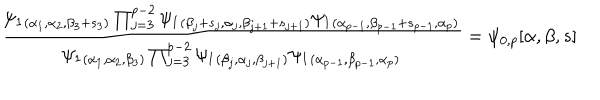
\frac { \psi _ { 1 } { } _ { ( \alpha _ { 1 } , \alpha _ { 2 } , \beta _ { 3 } + s _ { 3 } ) } \prod _ { j = 3 } ^ { p - 2 } \psi _ { 1 } { } _ { ( \beta _ { j } + s _ { j } , \alpha _ { j } , \beta _ { j + 1 } + s _ { j + 1 } ) } \psi _ { 1 } { } _ { ( \alpha _ { p - 1 } , \beta _ { p - 1 } + s _ { p - 1 } , \alpha _ { p } ) } } { \psi _ { 1 } { } _ { ( \alpha _ { 1 } , \alpha _ { 2 } , \beta _ { 3 } ) } \prod _ { j = 3 } ^ { p - 2 } \psi _ { 1 } { } _ { ( \beta _ { j } , \alpha _ { j } , \beta _ { j + 1 } ) } \psi _ { 1 } { } _ { ( \alpha _ { p - 1 } , \beta _ { p - 1 } , \alpha _ { p } ) } } = \psi _ { 0 , p } [ \alpha , \beta , s ]